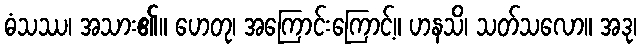
ဓံသဿ၊ အသား၏။ ဟေတု၊ အကြောင်းကြောင့်။ ဟနသိ၊ သတ်သလော။ အဒု၊